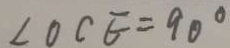
\angle O C E = 9 0 ^ { \circ }